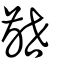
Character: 齛